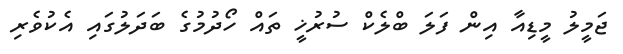
ޖަމީލު މީޑިއާ އިން ފަލަ ބްލެކް ސުރުޚީ ތައް ހޯދުމުގެ ބަދަލުގައި އެކުވެރި